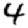
Digit: 4